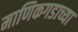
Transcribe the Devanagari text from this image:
माणिकगडाच्या